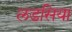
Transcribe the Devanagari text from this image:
लडसिया